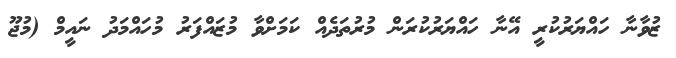
ޒުވާނާ ހައްޔަރުކުރީ އޭނާ ހައްޔަރުކުރަން މުރުތަދެއް ކަމަށްވާ މުޒައްފަރު މުހައްމަދު ނައީމް (މުޖޫ